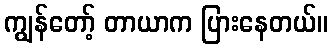
ကျွန်တော့် တာယာက ပြားနေတယ်။